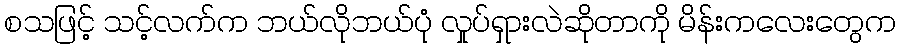
စသဖြင့် သင့်လက်က ဘယ်လိုဘယ်ပုံ လှုပ်ရှားလဲဆိုတာကို မိန်းကလေးတွေက